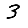
Digit: 3